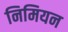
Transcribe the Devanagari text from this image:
निमियन